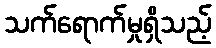
သက်ရောက်မှုရှိသည့်